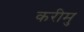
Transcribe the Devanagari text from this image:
करीमु